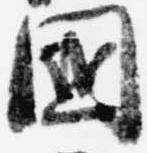
国